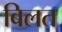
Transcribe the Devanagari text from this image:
बिलत